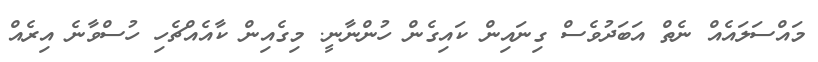
މައްސަލައެއް ނެތް އަބަދުވެސް ގިނައިން ކައިގެން ހުންނާނީ. މިގެއިން ކާއެއްޗެހި ހުސްވާނެ އިރެއް